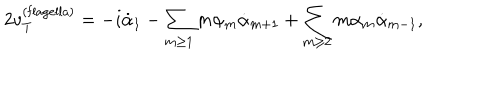
LaTeX: 2 v _ { T } ^ { ( \mathrm { f l a g e l l a ) } } = - i \dot { \alpha } _ { 1 } - \sum _ { m \geq 1 } m \alpha _ { m } \dot { \alpha } _ { m + 1 } + \sum _ { m \geq 2 } m \alpha _ { m } \dot { \alpha } _ { m - 1 } ,